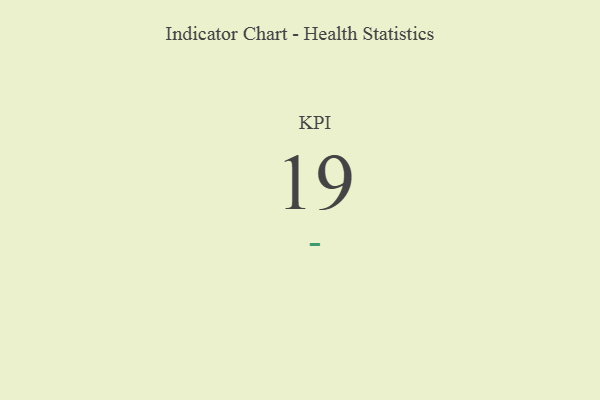
{"axis": {"x": "KPI", "y": "Value"}, "legend": [""], "data": [{"x": "KPI", "y": 19, "type": ""}]}